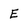
Character: E